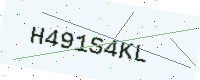
Text: H491S4KL